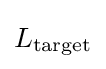
L_{\text{target}}